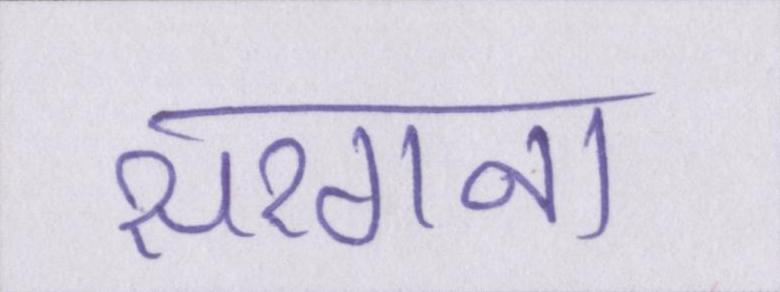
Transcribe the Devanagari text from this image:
सरगना